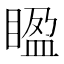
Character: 𥈱